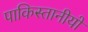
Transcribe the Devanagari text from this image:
पाकिस्तानीयों